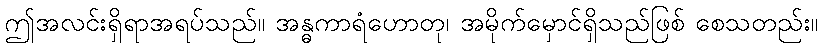
ဤအလင်းရှိရာအရပ်သည်။ အန္ဓကာရံဟောတု၊ အမိုက်မှောင်ရှိသည်ဖြစ် စေသတည်း။